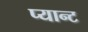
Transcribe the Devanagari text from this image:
प्यान्ट